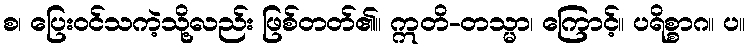
စ၊ ပြေးဝင်သကဲ့သို့လည်း ဖြစ်တတ်၏။ ဣတိ-တသ္မာ၊ ကြောင့်။ ပရိစ္စာဂ။ ပ။